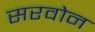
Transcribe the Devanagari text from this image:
सरवोन